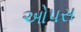
ઓપસ